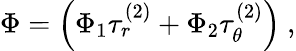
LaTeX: \Phi=\left(\Phi_{1}\tau_{r}^{(2)}+\Phi_{2}\tau_{\theta}^{(2)}\right)\ ,